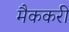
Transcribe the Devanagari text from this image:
मैककरी